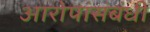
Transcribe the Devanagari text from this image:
आरोपांसंबंधी